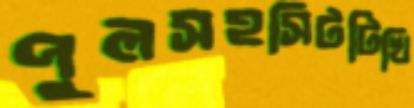
পুলসহসিটটিখি